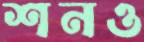
শনও